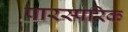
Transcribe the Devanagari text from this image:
पारस्‍परिक